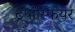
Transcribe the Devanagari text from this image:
ट्रपॉस्फियर